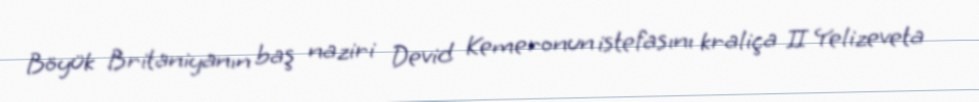
Böyük Britaniyanın baş naziri Devid Kemeronun istefasını kraliça II Yelizeveta